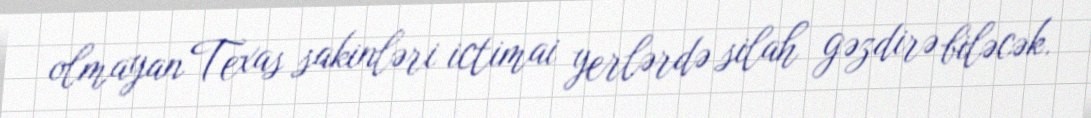
olmayan Texas sakinləri ictimai yerlərdə silah gəzdirə biləcək.